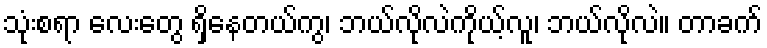
သုံးစရာ လေးတွေ ရှိနေတယ်ကွ၊ ဘယ်လိုလဲကိုယ့်လူ၊ ဘယ်လိုလဲ။ တာခက်